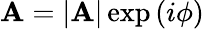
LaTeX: \mathbf{A}=|\mathbf{A}|\exp{(i\phi)}